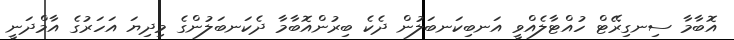
އޮބާމާ ސިނގިރޭޓް ހުއްޓާލެއްވީ އަނބިކަނބަލުން ދެކެ ބިރުންއޮބާމާ ދެކަނބަލުންގެ މިދިޔަ އަހަރުގެ އާމްދަނީ